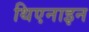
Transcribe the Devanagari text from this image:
थिएनाइन